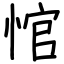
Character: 悺